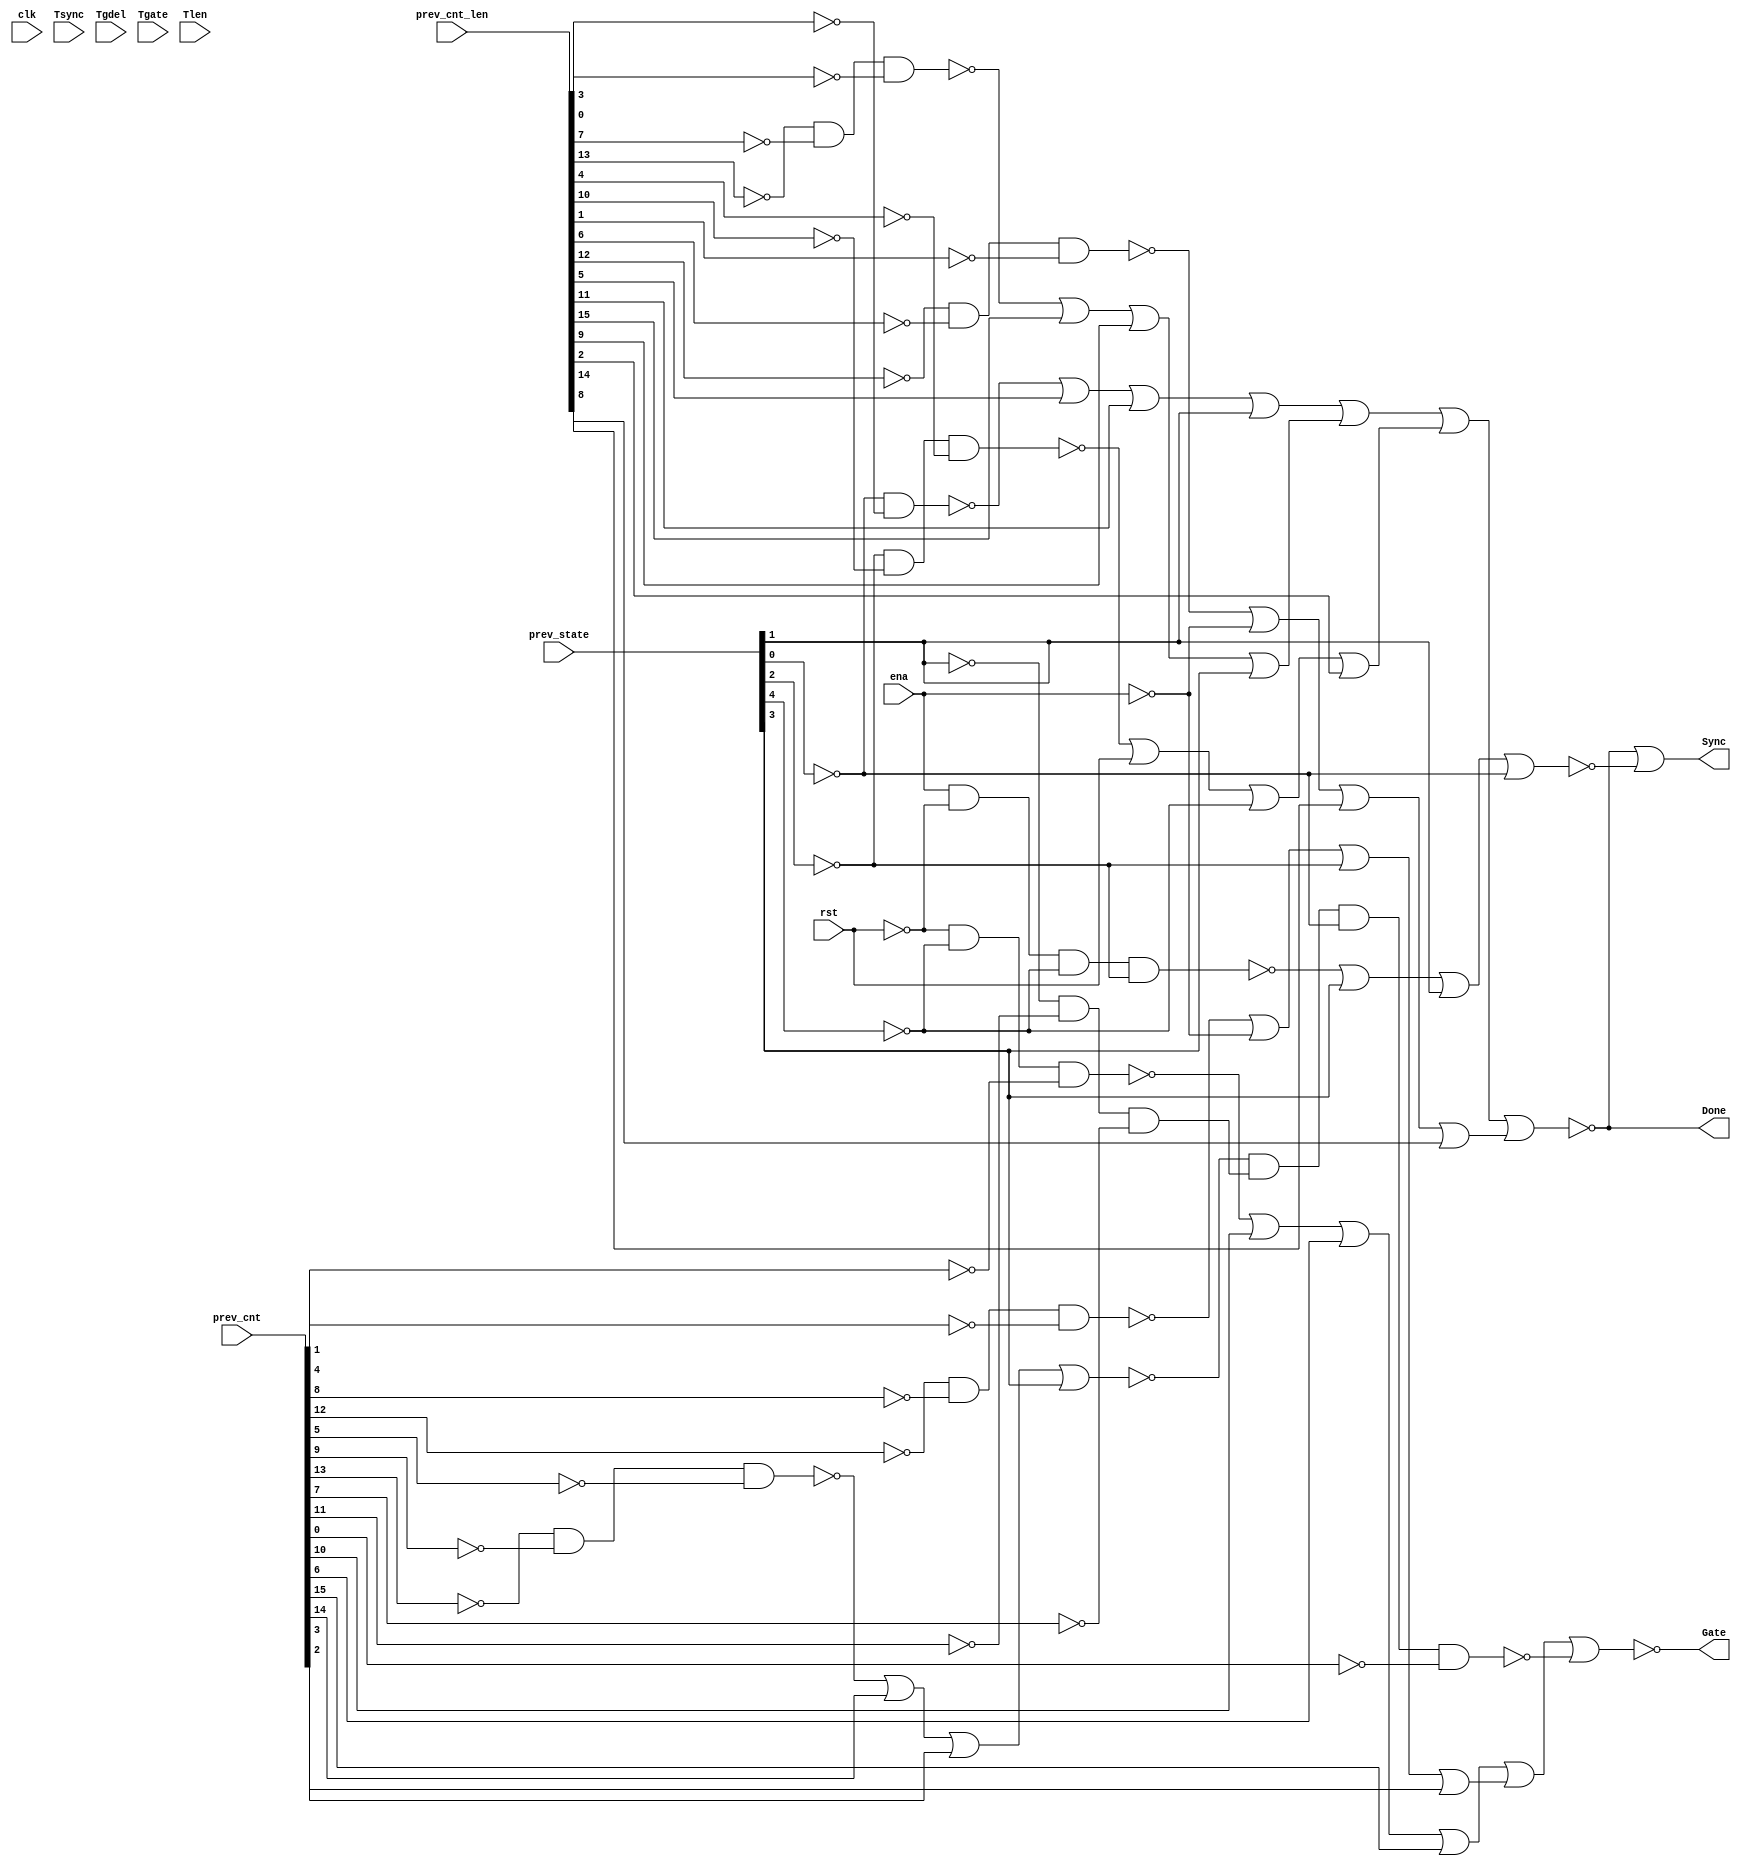

// Generated by Cadence Encounter(R) RTL Compiler RC11.10 - v11.10-p005_1

// Verification Directory fv/vga_vtim 

module top(clk, ena, rst, Tsync, Tgdel, Tgate, Tlen, Sync, Gate,
     Done, prev_state, prev_cnt, prev_cnt_len);
  input clk, ena, rst;
  input [7:0] Tsync, Tgdel;
  input [15:0] Tgate, Tlen, prev_cnt, prev_cnt_len;
  input [4:0] prev_state;
  output Sync, Gate, Done;
  wire clk, ena, rst;
  wire [7:0] Tsync, Tgdel;
  wire [15:0] Tgate, Tlen, prev_cnt, prev_cnt_len;
  wire [4:0] prev_state;
  wire Sync, Gate, Done;
  wire n_130, n_142, n_164, n_167, n_290, n_413, n_414, n_415;
  wire n_416, n_417, n_418, n_419, n_420, n_421, n_422, n_423;
  wire n_424, n_425, n_426, n_427, n_428, n_429, n_430, n_431;
  wire n_432, n_433, n_434, n_435, n_436, n_437, n_438, n_439;
  wire n_440, n_441, n_442, n_443, n_444, n_445, n_446, n_447;
  wire n_448, n_449, n_450, n_451, n_452, n_453, n_454, n_455;
  wire n_456, n_457, n_458;
  nor g63 (n_290, Done, n_458);
  not g70 (Sync, n_290);
  nor g91 (n_130, n_438, prev_cnt_len[5], prev_cnt_len[11],
       prev_state[1]);
  nor g103 (n_142, n_440, prev_cnt_len[15], prev_cnt_len[9],
       prev_state[3]);
  nor g105 (n_167, n_448, prev_cnt[10], prev_cnt[6], prev_cnt[15]);
  nor g111 (n_164, n_453, prev_cnt[14], prev_cnt[3], prev_state[3]);
  not g357 (n_413, prev_state[1]);
  not g358 (n_414, prev_cnt_len[3]);
  not g359 (n_415, prev_state[0]);
  not g360 (n_416, prev_cnt_len[0]);
  not g361 (n_417, prev_cnt_len[7]);
  not g362 (n_418, prev_cnt_len[13]);
  not g363 (n_419, prev_cnt_len[4]);
  not g364 (n_420, prev_cnt_len[10]);
  not g365 (n_421, prev_state[2]);
  not g366 (n_422, prev_cnt_len[1]);
  not g367 (n_423, prev_cnt_len[6]);
  not g368 (n_424, prev_cnt_len[12]);
  not g369 (n_425, prev_cnt[1]);
  not g370 (n_426, prev_state[4]);
  not g371 (n_427, rst);
  not g372 (n_428, prev_cnt[4]);
  not g373 (n_429, prev_cnt[8]);
  not g374 (n_430, prev_cnt[12]);
  not g375 (n_431, prev_cnt[5]);
  not g376 (n_432, prev_cnt[9]);
  not g377 (n_433, prev_cnt[13]);
  not g378 (n_434, prev_cnt[7]);
  not g379 (n_435, prev_cnt[11]);
  not g380 (n_436, ena);
  not g381 (n_437, prev_cnt[0]);
  nand g382 (n_438, n_415, n_414);
  not g383 (n_439, n_130);
  nand g384 (n_440, n_418, n_417, n_416);
  not g385 (n_441, n_142);
  nand g386 (n_442, n_421, n_420, n_419);
  nor g387 (n_443, n_442, rst, n_426, prev_cnt_len[2]);
  not g388 (n_444, n_443);
  nand g389 (n_445, n_424, n_423, n_422);
  nor g390 (n_446, n_445, n_436, prev_cnt_len[14], prev_cnt_len[8]);
  not g391 (n_447, n_446);
  nor g392 (Done, n_439, n_441, n_444, n_447);
  nand g393 (n_448, n_427, n_426, n_425);
  not g394 (n_449, n_167);
  nand g395 (n_450, n_430, n_429, n_428);
  nor g396 (n_451, n_450, n_436, n_421, prev_cnt[2]);
  not g397 (n_452, n_451);
  nand g398 (n_453, n_433, n_432, n_431);
  nand g399 (n_454, n_413, n_435, n_434);
  not g400 (n_455, n_454);
  nand g401 (n_456, n_164, n_455, n_415, n_437);
  nor g402 (Gate, n_449, n_452, n_456);
  nand g403 (n_457, ena, n_427, n_426, n_421);
  nor g404 (n_458, n_457, prev_state[3], prev_state[1], n_415);
endmodule